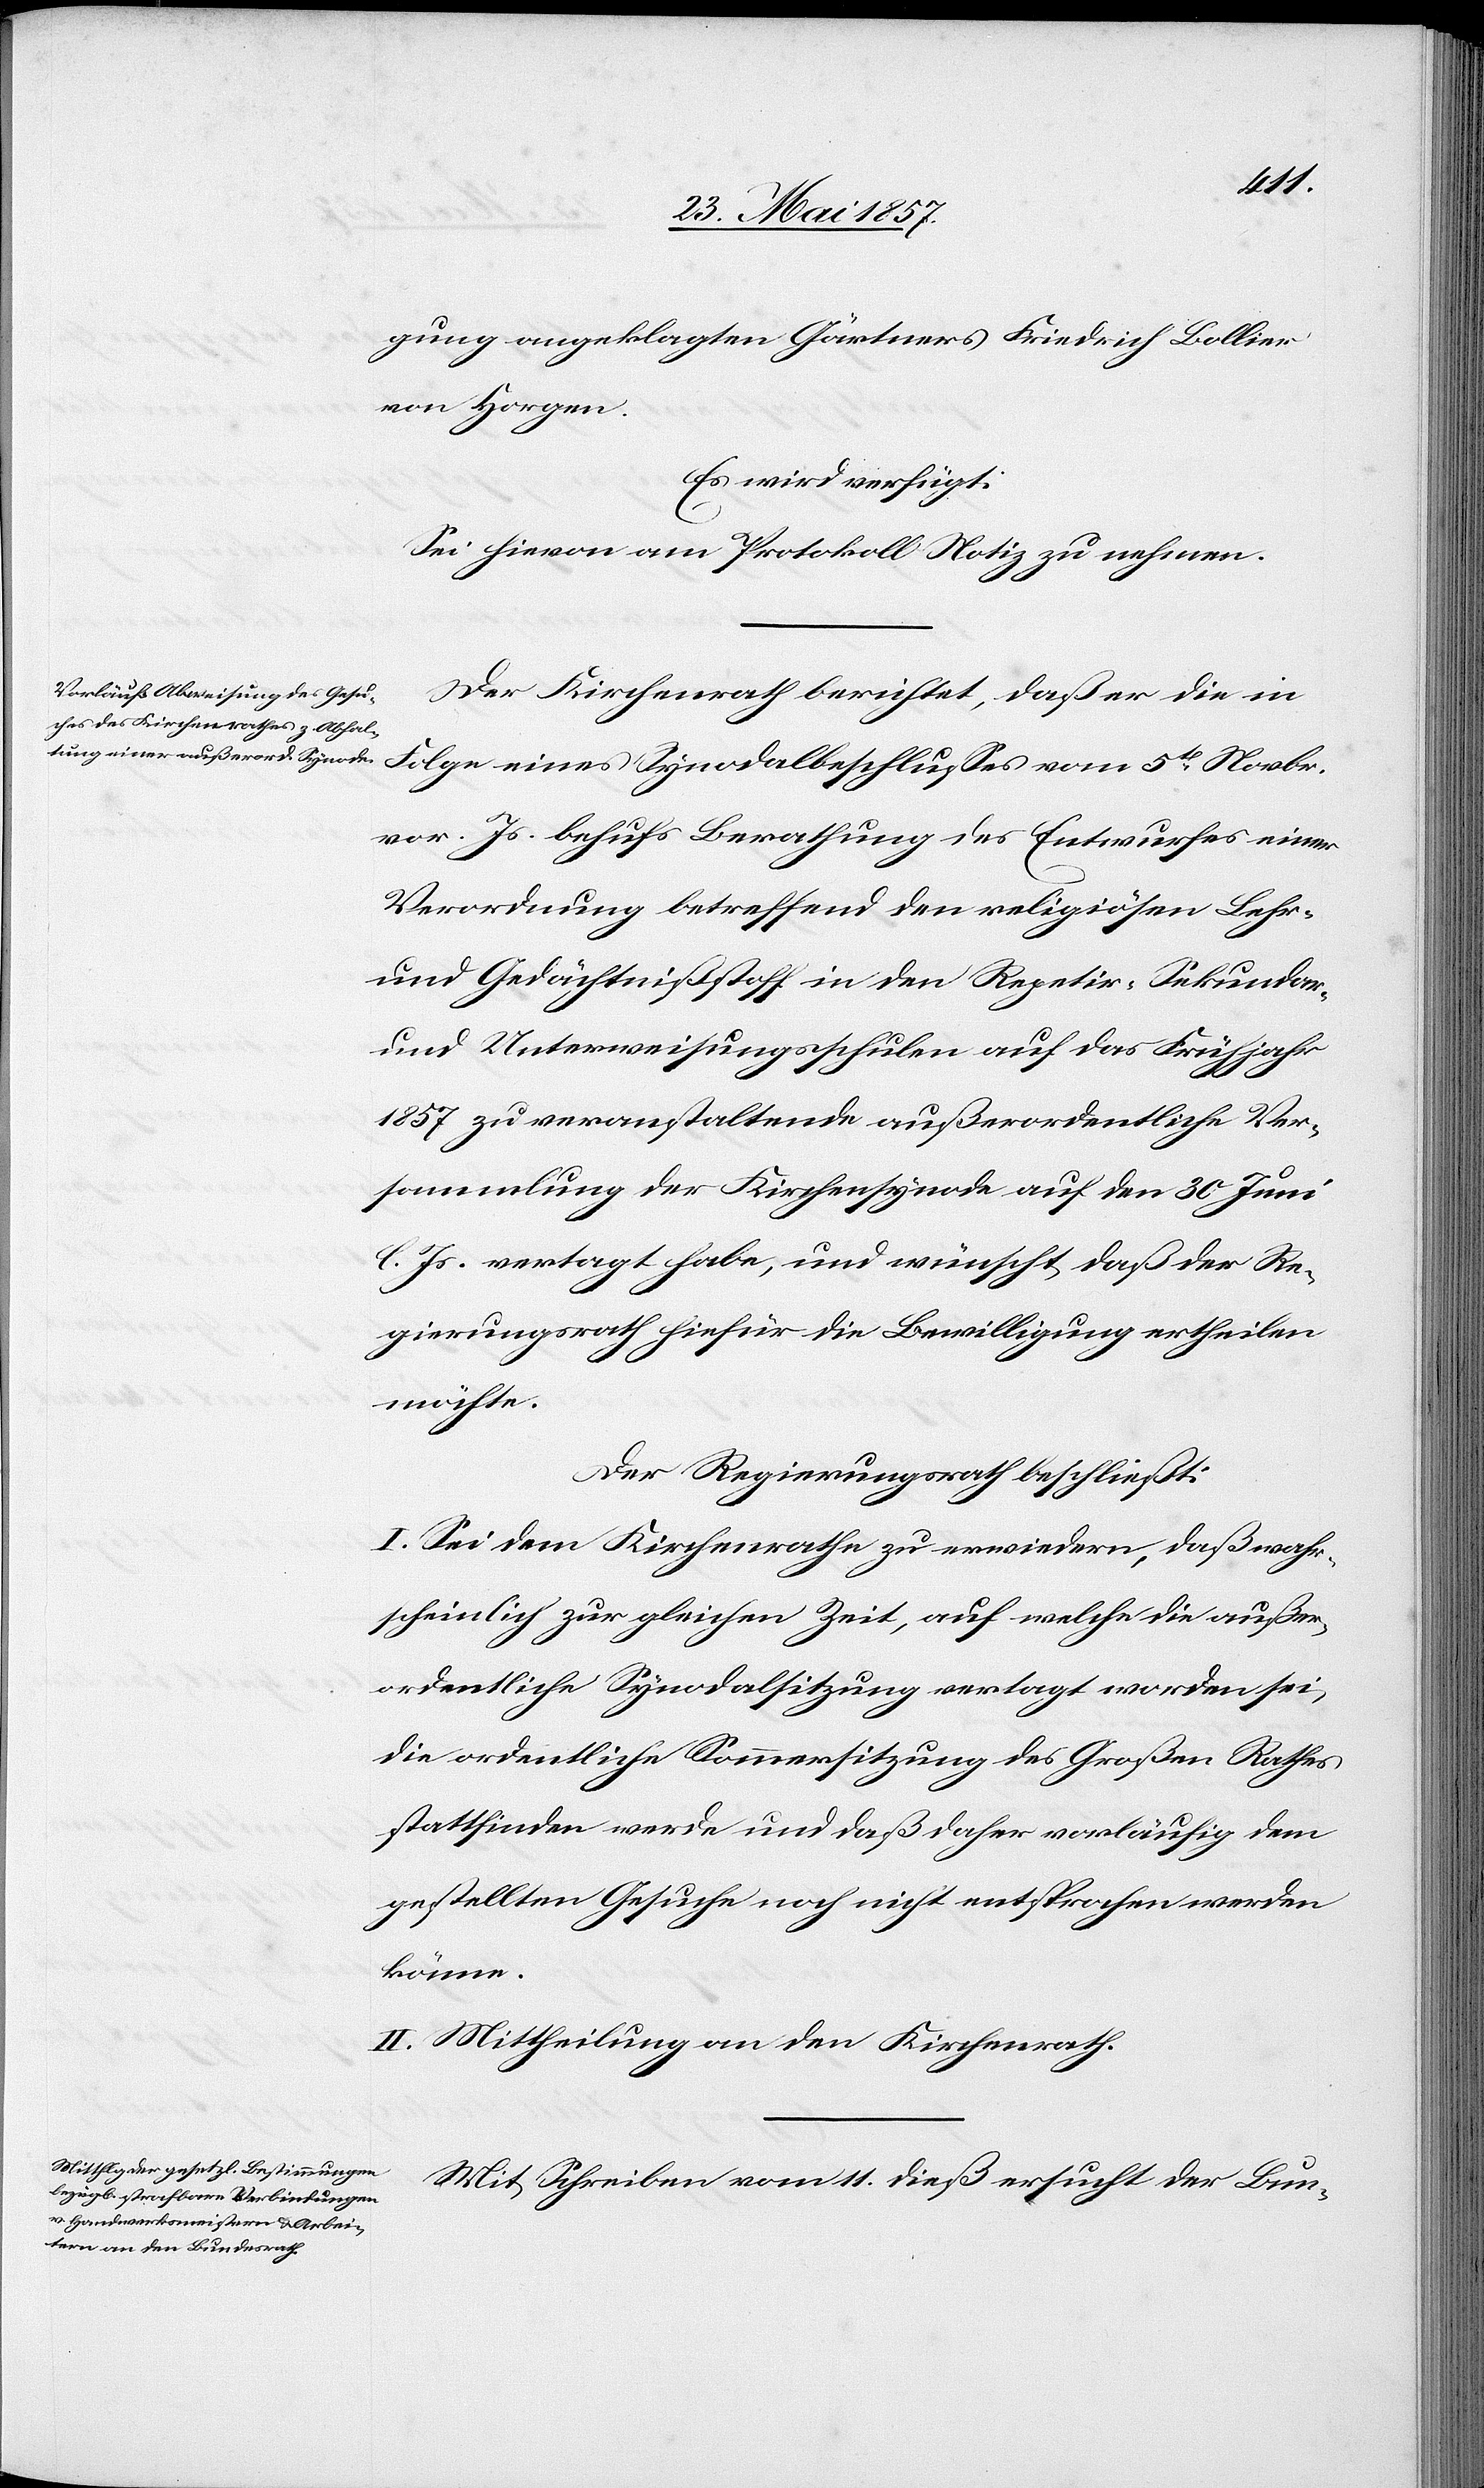
gung angeklagten Gärtners Friedrich Bollier
von Horgen.
Es wird verfügt:
Sei hievon am Protokoll Notiz zu nehmen.
Der Kirchenrath berichtet, daß er die in
vor. Js. behufs Berathung des Entwurfes einer
Verordnung betreffend den religiösen Lehr-
und Gedächtnißstoff in den Repetir- Sekundar-
und Unterweisungsschulen auf das Frühjahr
5t
1857 zu veranstaltende außerordentliche Ver¬
sammlung der Kirchensynode auf den 30 Juni
l. Js. vertagt habe, und wünscht, daß der Re¬
gierungsrath hiefür die Bewilligung ertheilen
möchte.
Der Regierungsrath beschließt:
I. Sei dem Kirchenrathe zu erwiedern, daß wahr¬
scheinlich zur gleichen Zeit, auf welche die außer¬
ordentliche Synodalsitzung vertagt worden sei,
die ordentliche Sommersitzung des Großen Rathes
stattfinden werde und daß daher vorläufig dem
gestellten Gesuche noch nicht entsprochen werden
könne.
II. Mittheilung an den Kirchenrath.
Mit Schreiben vom 11 dieß ersucht der Bun-